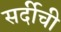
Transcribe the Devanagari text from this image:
सर्दीची